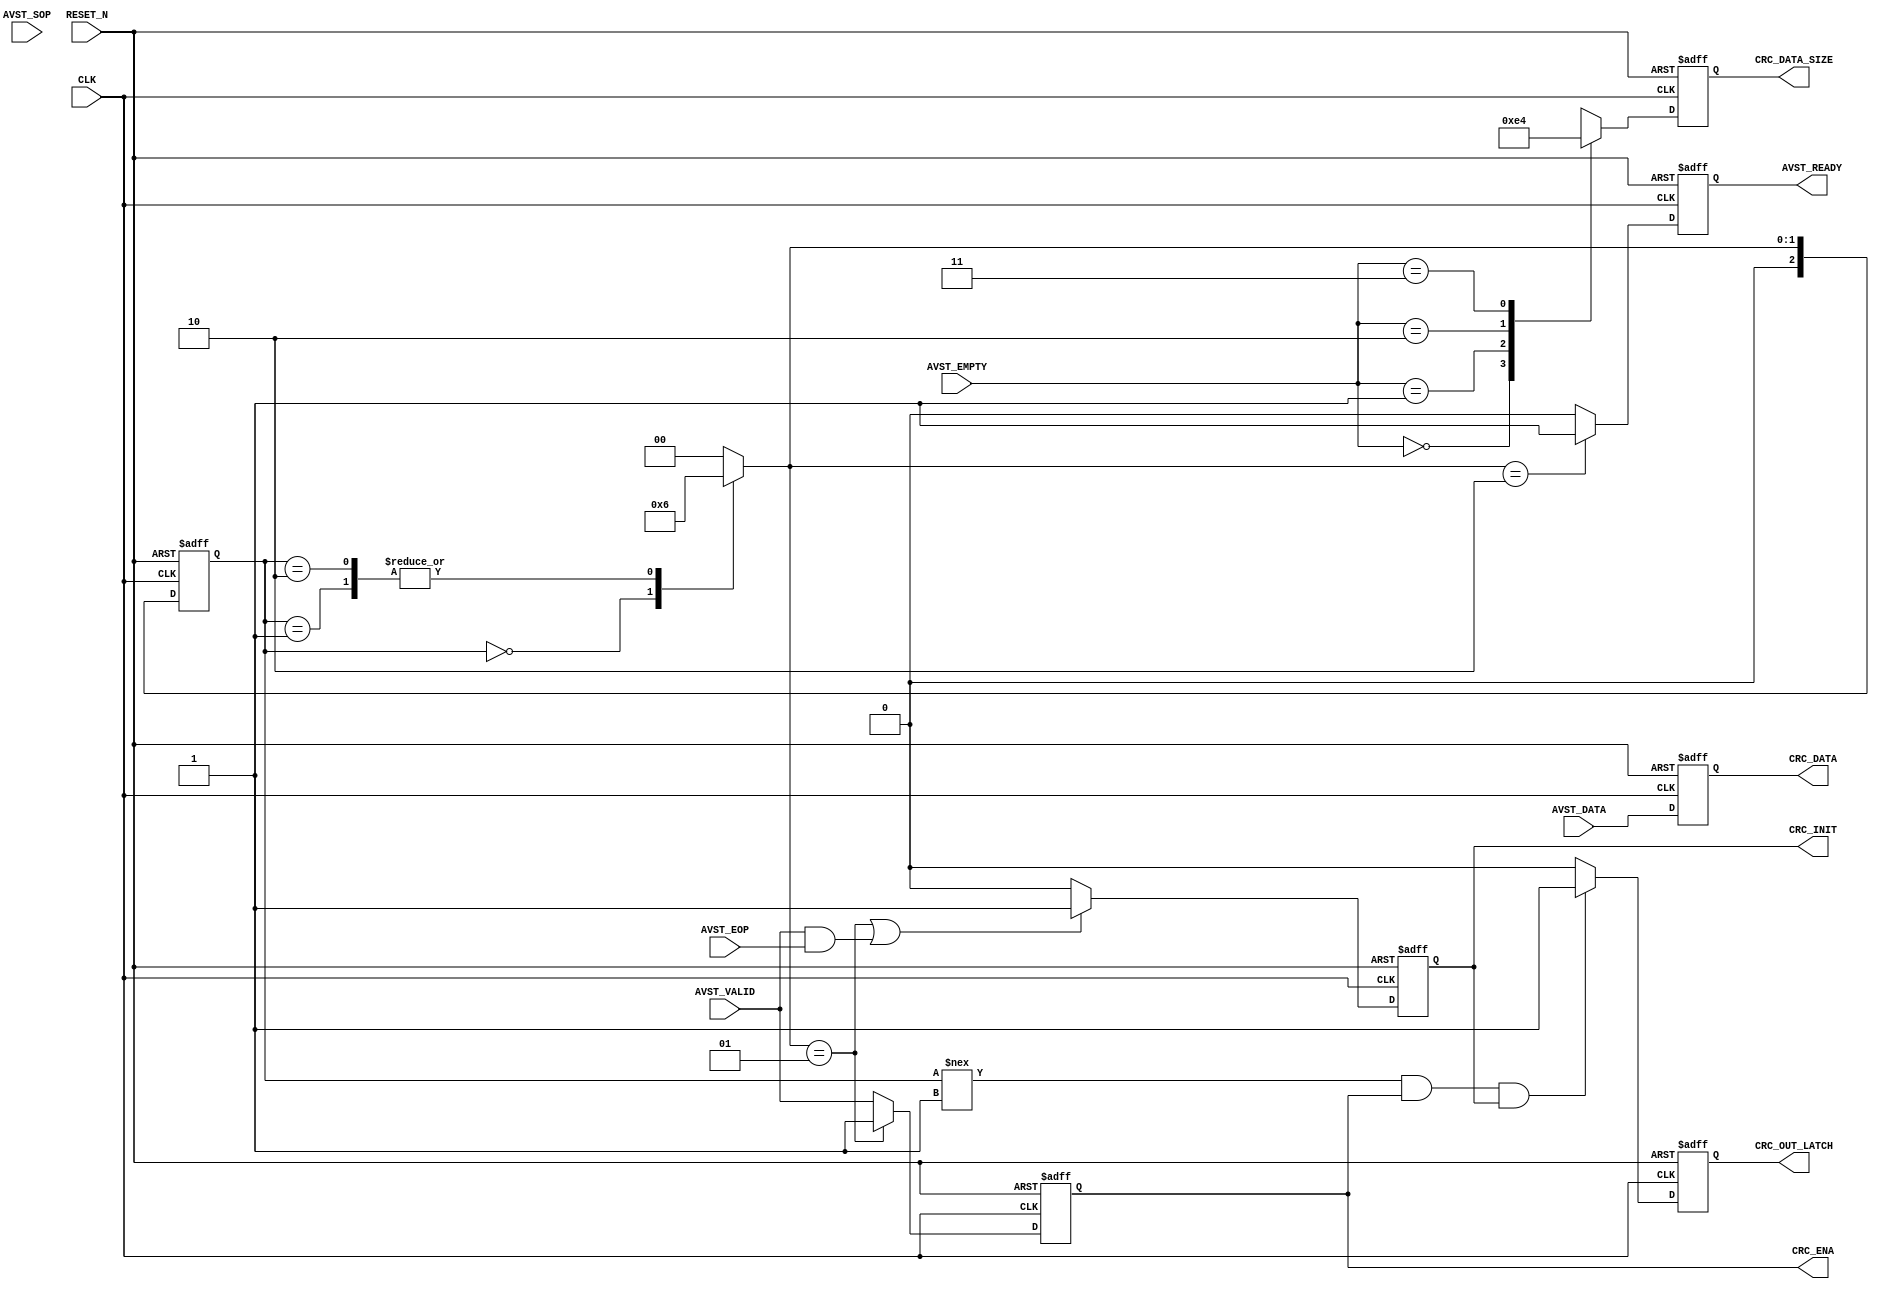
// Copyright 2012 Altera Corporation. All rights reserved.  
// Altera products are protected under numerous U.S. and foreign patents, 
// maskwork rights, copyrights and other intellectual property laws.  
//
// This reference design file, and your use thereof, is subject to and governed
// by the terms and conditions of the applicable Altera Reference Design 
// License Agreement (either as signed by you or found at www.altera.com).  By
// using this reference design file, you indicate your acceptance of such terms
// and conditions between you and Altera Corporation.  In the event that you do
// not agree with such terms and conditions, you may not use the reference 
// design file and please promptly destroy any copies you have made.
//
// This reference design file is being provided on an "as-is" basis and as an 
// accommodation and therefore all warranties, representations or guarantees of 
// any kind (whether express, implied or statutory) including, without 
// limitation, warranties of merchantability, non-infringement, or fitness for
// a particular purpose, are specifically disclaimed.  By making this reference
// design file available, Altera expressly does not recommend, suggest or 
// require that this reference design file be used in combination with any 
// other product not provided by Altera.
/////////////////////////////////////////////////////////////////////////////
// 
// Avalon ST to CRC Interface Bridge Converter
//
// Author:
// Cher Jier Yap 	- 05-09-2012 
//   
// Revision:
// 05-09-2012 - Initnal version
// 06-09-2012 - Bug Fix: 
//					1. Add pkt_transfer_status signal to indicate when pkt is transfering
//					2. Fix the CRC_ENA deassertion to pause CRC calculation when backpressure occure on Avalon ST interface/ FSM jump into halt stage
// 13-09-2012 - Enhancement:
//					1. drop previous FSM architecture due the CRC need an extra cycle for init and cause gap is needed between 2 pkts
//					2. enhance the FSM to perfrom init after reset and when eop condition is detected, this required the CRC_Ethernet.v to be enhance as well
//					3. pkt_transfer_status output remove and replace with CRC_OUT_LATCH which only have 1 clock cycle pulse to latch the CRC output indication
// 14-09-2012 - Enhancement:
//					1. Optimize the depandency on the FSM. CRC Interface now can directly use AVST control, FSM only control the initial init and AVST READY signal

module avalon_st_to_crc_if_bridge (
	CLK,
	RESET_N,
	
	AVST_READY,
	AVST_VALID,
	AVST_SOP,
	AVST_DATA,
	AVST_EOP,
	AVST_EMPTY,
	
	CRC_ENA,
	CRC_INIT,
	CRC_DATA,
	CRC_DATA_SIZE,
	
	CRC_OUT_LATCH
);

parameter	DATA_WIDTH = 32;		//8,32,64,16(optional)
parameter	EMPTY_WIDTH = 2;		//x,2 ,3 ,1  	 

//FSM Parameter
localparam	rst  = 2'd0;
localparam	init = 2'd1;			//State init - Init the CRC32 Algorithm with 32'hffffffff
localparam	ready = 2'd2;			//Ready to transfer state

input						CLK;
input						RESET_N;
	
//Avalon ST Interface
output						AVST_READY;
input						AVST_VALID;
input						AVST_SOP;
input	[DATA_WIDTH-1:0]	AVST_DATA;
input						AVST_EOP;
input	[EMPTY_WIDTH-1:0]	AVST_EMPTY;


//CRC Interface
output						CRC_ENA;
output						CRC_INIT;
output	[DATA_WIDTH-1:0]	CRC_DATA;
output	[EMPTY_WIDTH-1:0]	CRC_DATA_SIZE;

//CRC Latch indication
output						CRC_OUT_LATCH;	//0 - CRC not valid, 1 - CRC is valid

reg							CRC_ENA;
reg							CRC_INIT;
reg		[DATA_WIDTH-1:0]	CRC_DATA;
reg		[EMPTY_WIDTH-1:0]	CRC_DATA_SIZE;	

reg		[2:0]	state, next;
reg				CRC_OUT_LATCH;
reg				AVST_READY;

always @(posedge CLK or negedge RESET_N)
	if (!RESET_N)
		AVST_READY <= 1'b0;
	else if (next == ready)
		AVST_READY <= 1'b1;
	else 
		AVST_READY <= 1'b0;

//FSM Init Control	
always @(posedge CLK or negedge RESET_N)
	if (!RESET_N)
		state <= rst;
	else
		state <= next;
		
always @*
	case (state)
		rst	 :
			next = init;
			
		init:
			next = ready;
			 
		ready :
			next = ready;
				
		default:
			next = rst;
			
	endcase					
	
//CRC32 Interface 
always @(posedge CLK or negedge RESET_N)
	if (!RESET_N)
		CRC_ENA <= 1'b0;
	else if (next == init)
		CRC_ENA <= 1'b1;
	else
		CRC_ENA <= AVST_VALID;
		
always @(posedge CLK or negedge RESET_N)
	if (!RESET_N)		
		CRC_INIT <= 1'b0;
	else if ((next == init) || (AVST_VALID && AVST_EOP))
		CRC_INIT <= 1'b1;
	else
		CRC_INIT <= 1'b0;
		
always @(posedge CLK or negedge RESET_N)
	if (!RESET_N)		
		CRC_DATA <= {DATA_WIDTH{1'b0}};
	else
		CRC_DATA <= AVST_DATA;  	
		
generate
	if (DATA_WIDTH == 8) begin
		
		always @(*)
			CRC_DATA_SIZE = {EMPTY_WIDTH{1'b0}}; 
			
	end		
	else if (DATA_WIDTH == 16) begin
		
		always @(posedge CLK or negedge RESET_N)
			if (!RESET_N)		
				CRC_DATA_SIZE <= {EMPTY_WIDTH{1'b0}};
			else
				case (AVST_EMPTY)
					1'b0:
						CRC_DATA_SIZE <= 1'b1;
					1'b1:
						CRC_DATA_SIZE <= 1'b0;
					default:
						CRC_DATA_SIZE <= 1'b1;
				endcase
				
	end
	else if (DATA_WIDTH == 32) begin
	
		always @(posedge CLK or negedge RESET_N)
			if (!RESET_N)		
				CRC_DATA_SIZE <= {EMPTY_WIDTH{1'b0}};
			else
				case (AVST_EMPTY)
					2'b00:
						CRC_DATA_SIZE <= 2'b11;
					2'b01:
						CRC_DATA_SIZE <= 2'b10;
					2'b10:
						CRC_DATA_SIZE <= 2'b01;
					2'b11:
						CRC_DATA_SIZE <= 2'b00;	
					default:
						CRC_DATA_SIZE <= 2'b11;
				endcase
				
	end
	else if (DATA_WIDTH == 64) begin
		
		always @(posedge CLK or negedge RESET_N)
			if (!RESET_N)		
				CRC_DATA_SIZE <= {EMPTY_WIDTH{1'b0}};
			else
				case (AVST_EMPTY)
					3'b000:
						CRC_DATA_SIZE <= 3'b111;
					3'b001:
						CRC_DATA_SIZE <= 3'b110;
					3'b010:
						CRC_DATA_SIZE <= 3'b101;
					3'b011:
						CRC_DATA_SIZE <= 3'b100;	
					3'b100:
						CRC_DATA_SIZE <= 3'b011;
					3'b101:
						CRC_DATA_SIZE <= 3'b010;
					3'b110:
						CRC_DATA_SIZE <= 3'b001;
					3'b111:
						CRC_DATA_SIZE <= 3'b000;		
					default:
						CRC_DATA_SIZE <= 3'b111;
				endcase
				
	end
endgenerate

always @(posedge CLK or negedge RESET_N)
	if (!RESET_N)
		CRC_OUT_LATCH <= 1'b0;
	else if ((state !== init) && CRC_ENA && CRC_INIT)
		CRC_OUT_LATCH <= 1'b1;
	else
		CRC_OUT_LATCH <= 1'b0;
		
endmodule